65_HS1-834228961_62-HQ-83894_Section_9
Agency: FBI
Page 18
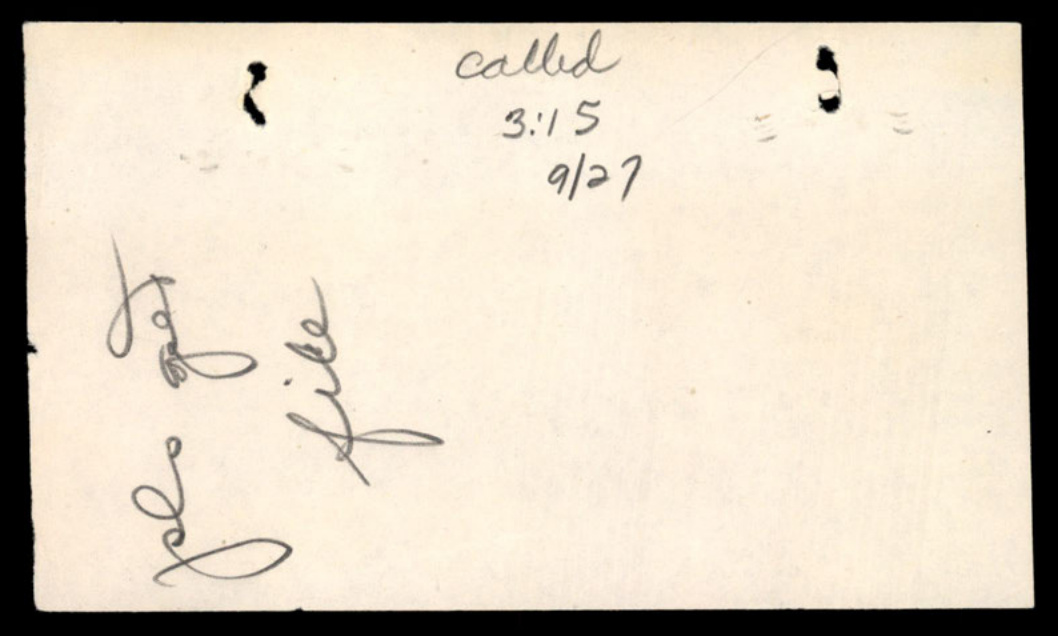